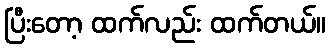
ပြီးတော့ ထက်လည်း ထက်တယ်။